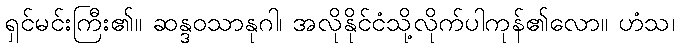
ရှင်မင်းကြီး၏။ ဆန္ဒဝသာနုဂါ၊ အလိုနိုင်ငံသို့လိုက်ပါကုန်၏လော။ ဟံသ၊